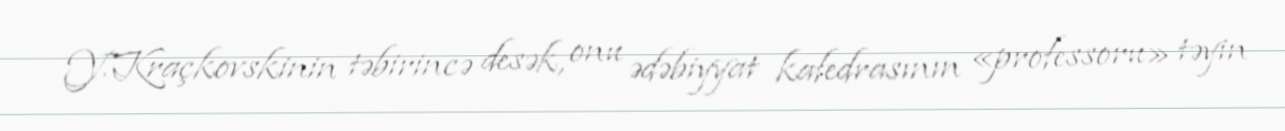
Y.Kraçkovskinin təbirincə desək, onu ədəbiyyat kafedrasının «professoru» təyin